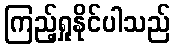
ကြည့်ရှုနိုင်ပါသည်